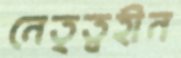
নেতৃত্বহীন